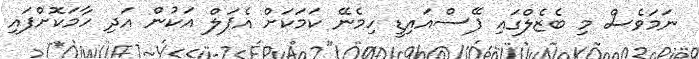
ނަމަވެސް މި ބެޒެލްގައި ފޭސްއައިޑީ ހިމެނޭ ކަމަކަށް އެޕަލް އަކުން އަދި ހާމަކޮށްފައި